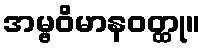
အမ္ဗဝိမာနဝတ္ထု။